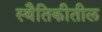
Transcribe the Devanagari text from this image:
स्थैतिकीतील